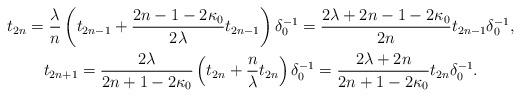
LaTeX: \begin{gather*}t_{2n} =\frac{\lambda}{n}\left( t_{2n-1}+\frac{2n-1-2\kappa_{0}}{2\lambda }t_{2n-1}\right) \delta_{0}^{-1}=\frac{2\lambda+2n-1-2\kappa_{0}}{2n}t_{2n-1}\delta_{0}^{-1},\\t_{2n+1} =\frac{2\lambda}{2n+1-2\kappa_{0}}\left( t_{2n}+\frac{n}{\lambda }t_{2n}\right) \delta_{0}^{-1}=\frac{2\lambda+2n}{2n+1-2\kappa_{0}}t_{2n}\delta_{0}^{-1}.\end{gather*}